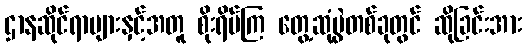
ဌာနဆိုင်ရာများနှင့်အတူ စိုးရိမ်ကြ တွေ့ဆုံပွဲတစ်ခုတွင် ဆိုခြင်းအား